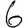
Digit: 6